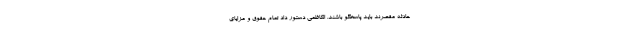
حادثه مقصرند باید پاسخگو باشند. الکاظمی دستور داد تمام حقوق و مزایای